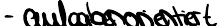
- aufgabenorientiert